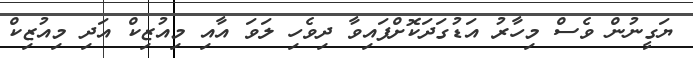
ޔަގީނުން ވެސް މިހާރު އަޑުގަދަކޮށްފައިވާ ދިވެހި ލަވަ އާއި މިއުޒިކް އަދި މިއުޒިކް